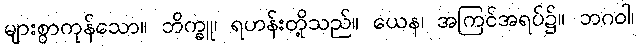
များစွာကုန်သော။ ဘိက္ခူ၊ ရဟန်းတို့သည်။ ယေန၊ အကြင်အရပ်၌။ ဘဂဝါ၊